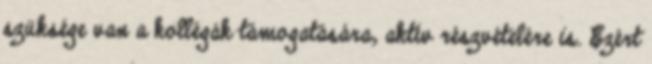
szüksége van a kollégák támogatására, aktív részvételére is. Ezért